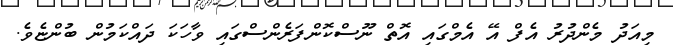
މިއަދު މެންދުރު އެފް އޭ އެމްގައި އޮތް ނޫސްކޮންފަރެންސްގައި ވާހަކަ ދައްކަމުން ބުންޏެވެ.